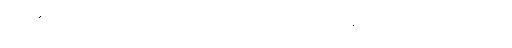
ဤအနက်ကို။ ဒဋ္ဌဗ္ဗော၊ မှတ်ထိုက်၏။ သင်္ဂတိမတ္တမေဝ၊ ပေါင်းဆုံခြင်းမျှသည်သာ။ ဖဿော၊